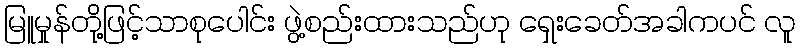
မြူမှုန်တို့ဖြင့်သာစုပေါင်း ဖွဲ့စည်းထားသည်ဟု ရှေးခေတ်အခါကပင် လူ